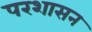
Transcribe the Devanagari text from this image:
परशासन